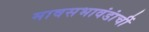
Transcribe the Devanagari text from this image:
मावसभावंडांचीं